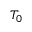
T _ { 0 }